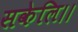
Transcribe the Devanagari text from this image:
सकेलि।।